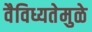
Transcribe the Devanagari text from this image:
वैविध्यतेमुळे